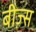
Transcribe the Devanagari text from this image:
बीज़्स